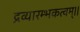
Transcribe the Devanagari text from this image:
द्रव्यारम्भकत्वम्।।